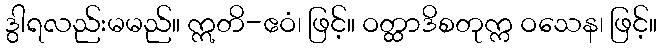
ဒွါရလည်းမမည်။ ဣတိ-ဧဝံ၊ ဖြင့်။ ဝတ္ထာဒိစတုက္က ဝသေန၊ ဖြင့်။